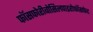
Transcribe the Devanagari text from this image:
फॉसफोरीबोसिलपाइरोफॉसफेट